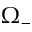
\Omega _ { - }